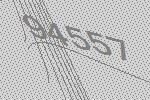
94557